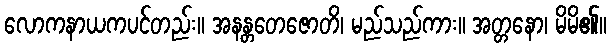
လောကနာယကပင်တည်း။ အနန္တတေဇောတိ၊ မည်သည်ကား။ အတ္တနော၊ မိမိ၏။